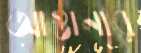
আস্তানার